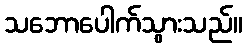
သဘောပေါက်သွားသည်။